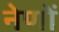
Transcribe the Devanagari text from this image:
नेणों